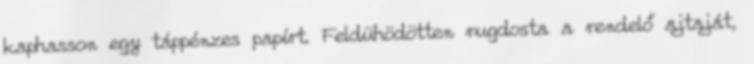
kaphasson egy táppénzes papírt. Feldühödötten rugdosta a rendelő ajtaját,